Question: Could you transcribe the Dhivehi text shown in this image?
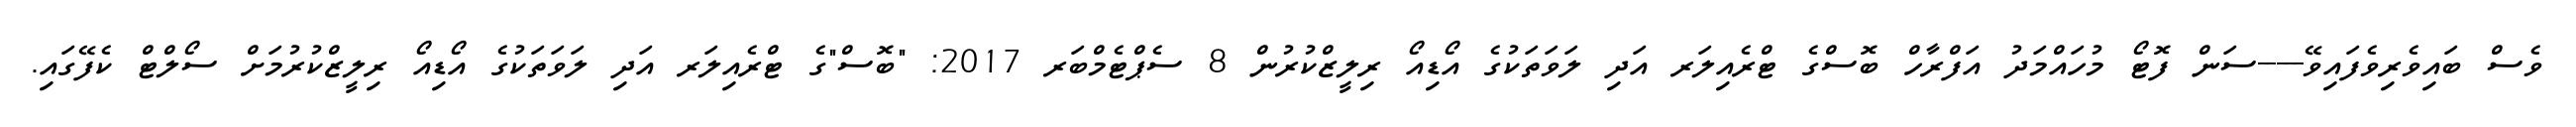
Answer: ވެސް ބައިވެރިވެފައިވޭ-----ސަން ފޮޓޯ މުހައްމަދު އަފްރާހް ބޮސްގެ ޓްރެއިލަރ އަދި ލަވަތަކުގެ އޯޑިއޯ ރިލީޒްކުރުން 8 ސެޕްޓެމްބަރ 2017: "ބޮސް"ގެ ޓްރެއިލަރ އަދި ލަވަތަކުގެ އޯޑިއޯ ރިލީޒްކުރުމަށް ސޯލްޓް ކެފޭގައި.